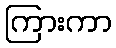
ကြားကာ